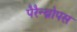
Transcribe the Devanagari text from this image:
पैरैन्थ्रोपस